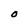
Character: O